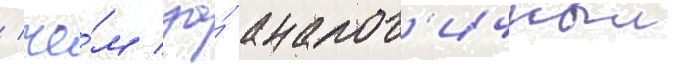
/ че́м за́ аналог'ичныи